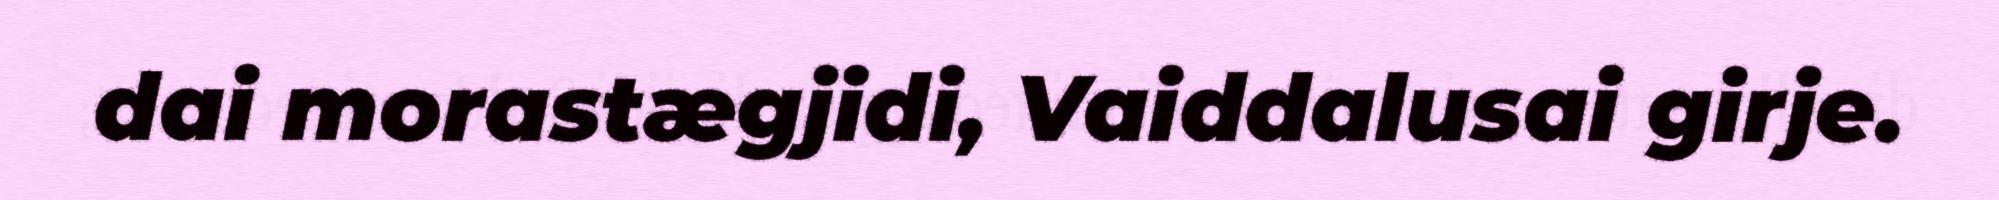
dai morastægjidi, Vaiddalusai girje.